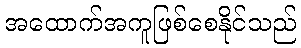
အထောက်အကူဖြစ်စေနိုင်သည်